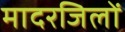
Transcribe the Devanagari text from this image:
मादरजिलों